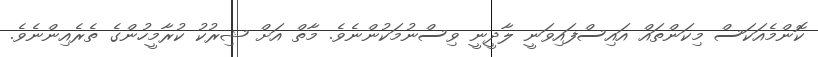
ކޮންމެއަކަސް މިކަންތައް އައިސްފައިވަނީ ލާދީނީ ވިސްނުމަކުންނެވެ. މާތް އަށް ޝިރުކު ކުރާމީހުންގެ ތެރެއިންނެވެ.